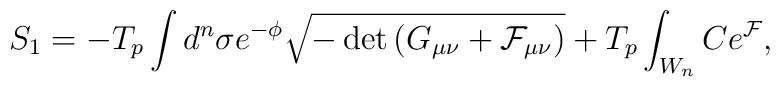
S_{1} = -T_p \int d^n \sigma e^{-\phi} \sqrt{-\det{\left( G_{\mu \nu} +{\cal F}_{\mu \nu}\right)}} +T_p \int_{W_{n}} C e^{\cal F} ,